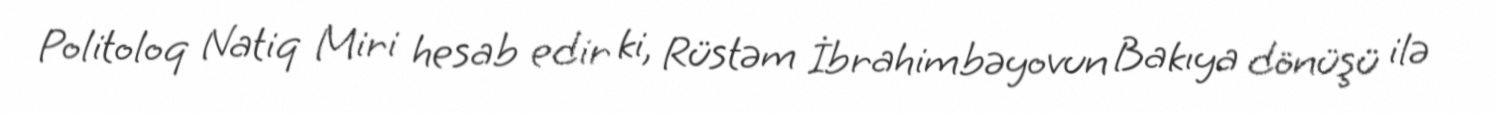
Politoloq Natiq Miri hesab edir ki, Rüstəm İbrahimbəyovun Bakıya dönüşü ilə